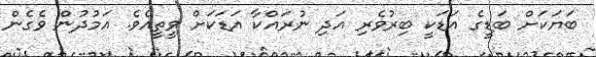
ބަޔަކަށް ބަޑީގެ އަޑަކީ ބިރުވެރި އަދި ނުރައްކާ އަޑަކަށް ވީތީއެވެ. އަމުދުން ވެގެން